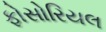
ફોસોરિયલ